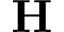
\mathbf { H }